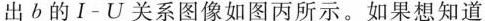
出b的I-U关系图像如图丙所示。如果想知道